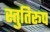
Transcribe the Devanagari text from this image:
स्तुतिरूप